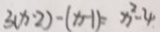
3 ( x \cdot 2 ) - ( x - 1 ) = x ^ { 2 } - 4 .